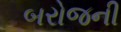
બરોજની